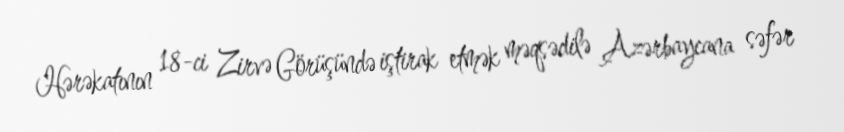
Hərəkatının 18-ci Zirvə Görüşündə iştirak etmək məqsədilə Azərbaycana səfər